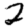
Digit: 2